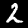
Digit: 2